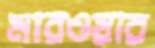
মারওয়ার